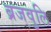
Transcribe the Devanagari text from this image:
ब्रजवुलि